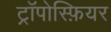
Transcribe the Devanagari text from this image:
ट्रॉपोस्फ़ियर